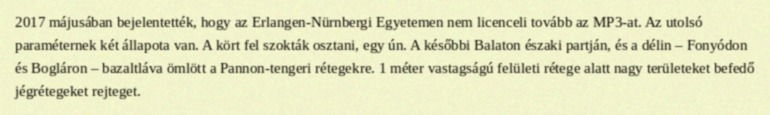
2017 májusában bejelentették, hogy az Erlangen-Nürnbergi Egyetemen nem licenceli tovább az MP3-at. Az utolsó paraméternek két állapota van. A kört fel szokták osztani, egy ún. A későbbi Balaton északi partján, és a délin – Fonyódon és Bogláron – bazaltláva ömlött a Pannon-tengeri rétegekre. 1 méter vastagságú felületi rétege alatt nagy területeket befedő jégrétegeket rejteget.